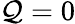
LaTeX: \mathcal Q=0